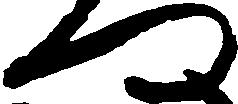
門